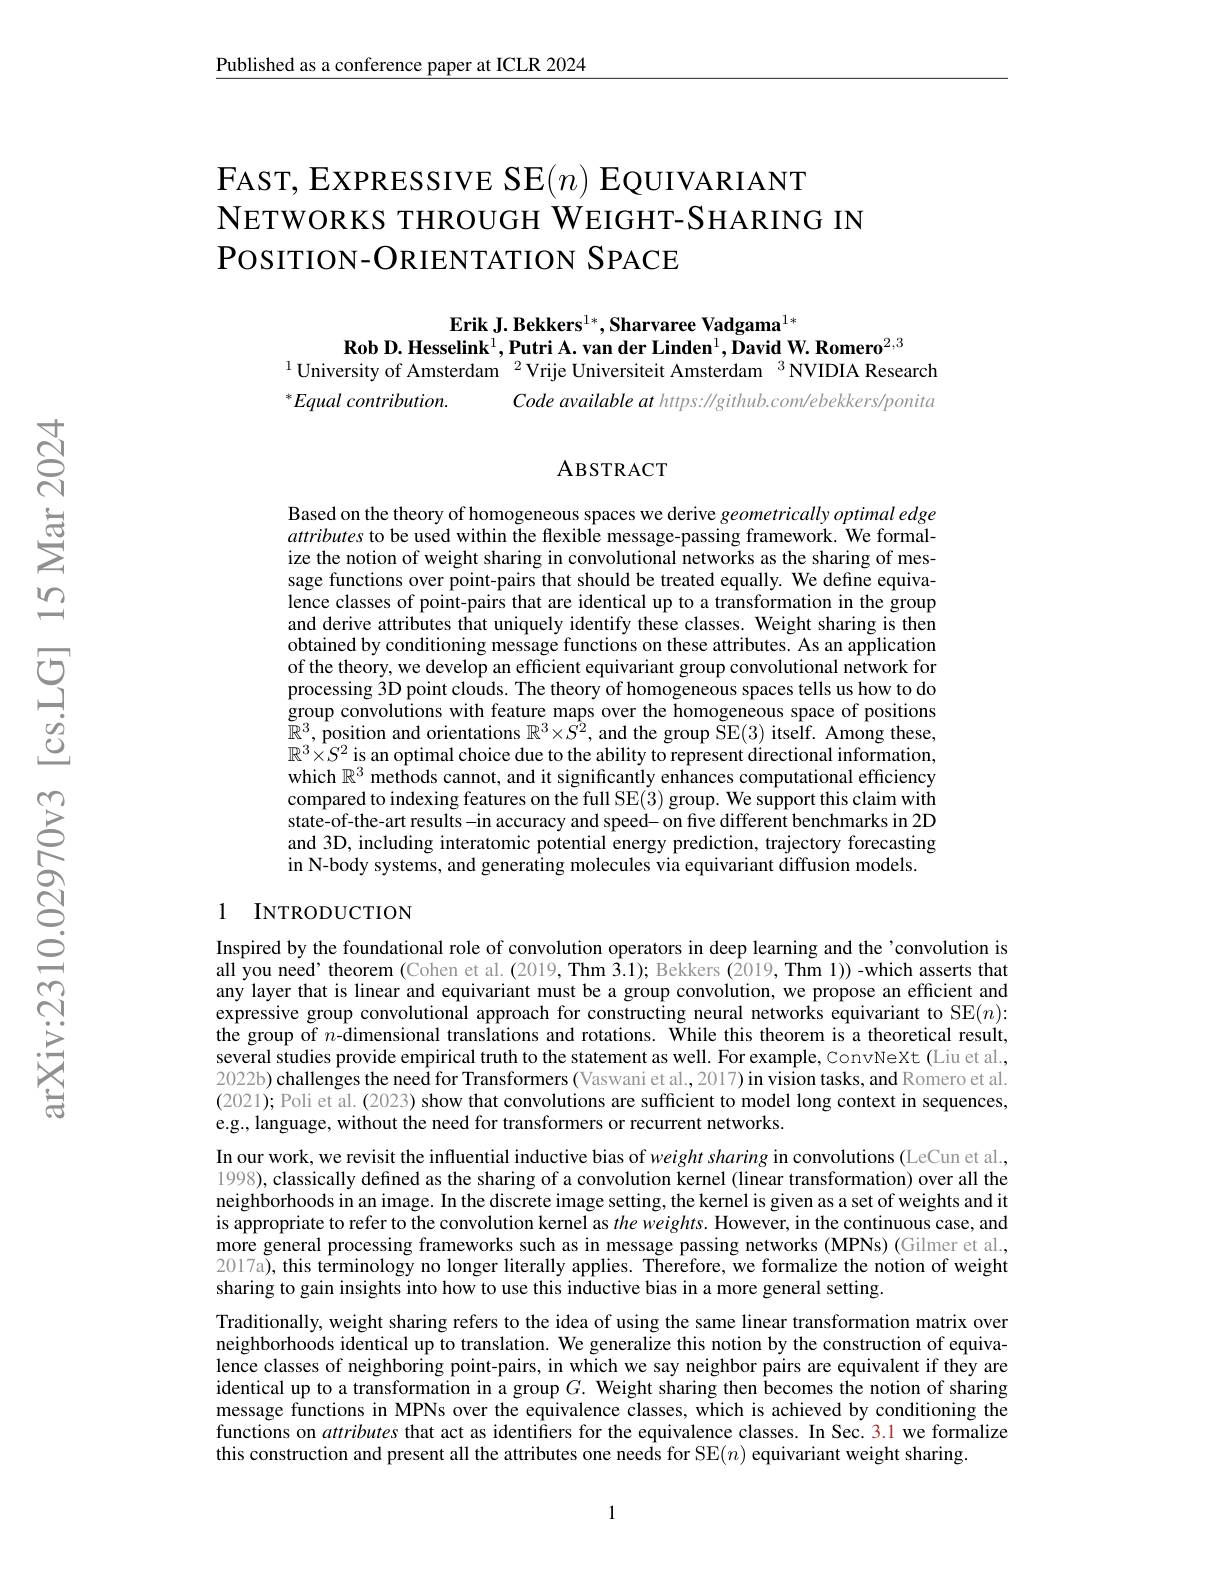
Published as a conference paper at ICLR 2024

# $\mathsf{F}$AST, EXPRESSIVE SE$(n)$ EQUIVARIANT NETWORKS THROUGH WEIGHT- SHARING IN $POSITION-ORIENTATIONSPACE$

Erik J. Bekkers$^{1*},\textbf{Sharvaree Vadgama}^{1*}$
Rob D. Hesselink$^1,\textbf{Putri A.van der Linden}^1,\textbf{David W. Romero}^{2,3}$
$^{1}$University of Amsterdam$^{\prime2}$Vrije Universiteit Amsterdam$^{3}$NVIDIA Research
${}^*Equal$ contribution.
Code available at https: //github.com/ebekkers/ponita

### ABSTRACT

Based on the theory of homogeneous spaces we derive geometrically optimal edge attributes to be used within the flexible message-passing framework. We formalize the notion of weight sharing in convolutional networks as the sharing of message functions over point-pairs that should be treated equally. We define equivalence classes of point-pairs that are identical up to a transformation in the group and derive attributes that uniquely identify these classes. Weight sharing is then obtained by conditioning message functions on these attributes. As an application of the theory, we develop an efficient equivariant group convolutional network for processing $\hat{3}$D point clouds. The theory of homogeneous spaces tells us how to do group convolutions with feature maps over the homogeneous space of positions $\breve{\mathbb{R}}^3$, position and orientations $\mathbb{R}^3\times\hat{S^2}$, and the group ŠE(3) itself. Among these, $\mathbb{R}^3\times S^2$ is an optimal choice due to the ability to represent directional information, which $\mathbb{R}^3$ methods cannot, and it significantly enhances computational efficiency compared to indexing features on the full SE(3) group. We support this claim with state-of-the-art results-in accuracy and speed- on five different benchmarks in 2D and 3D, including interatomic potential energy prediction, trajectory forecasting in N-body systems, and generating molecules via equivariant diffusion models.

### 1 INTRODUCTION

Inspired by the foundational role of convolution operators in deep learning and the 'convolution is all you need’theorem (Cohen et al. (2019,Thm $\bar{3}.1);$ Bekkers $(\bar{2}019$, Thm 1)) -which asserts that any layer that is linear and equivariant must be a group convolution, we propose an efficient and expressive group convolutional approach for constructing neural networks equivariant to SE$(n):$ the group of $n$-dimensional translations and rotations. While this theorem is a theoretical result, several studies provide empirical truth to the statement as well. For example, ConvNeXt (Liu et al. 2022b) challenges the need for Transformers (Vaswaniet al, 2017) in vision tasks, and Romero et al. (2021); Poli et al. (2023) show that convolutions are sufficient to model long context in sequences, e.g., language, without the need for transformers or recurrent networks.

In our work, we revisit the influential inductive bias of weight sharing in convolutions (LeCun et al., 1998), classically defined as the sharing of a convolution kernel (linear transformation) over all the neighborhoods in an image. In the discrete image setting, the kernel is given as a set of weights and it is appropriate to refer to the convolution kernel as the weights. However, in the continuous case, and more general processing frameworks such as in message passing networks (MPNs) (Gilmer et al. 2017a), this terminology no longer literally applies. Therefore, we formalize the notion of weight sharing to gain insights into how to use this inductive bias in a more general setting.

Traditionally, weight sharing refers to the idea of using the same linear transformation matrix over neighborhoods identical up to translation. We generalize this notion by the construction of equivalence classes of neighboring point-pairs, in which we say neighbor pairs are equivalent if they are identical up to a transformation in a group $G.$ Weight sharing then becomes the notion of sharing message functions in MPNs over the equivalence classes, which is achieved by conditioning the functions on attributes that act as identifiers for the equivalence classes. In Sec. 3.1 we formalize this construction and present all the attributes one needs for SE$(n)$ equivariant weight sharing.

1